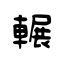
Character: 輾